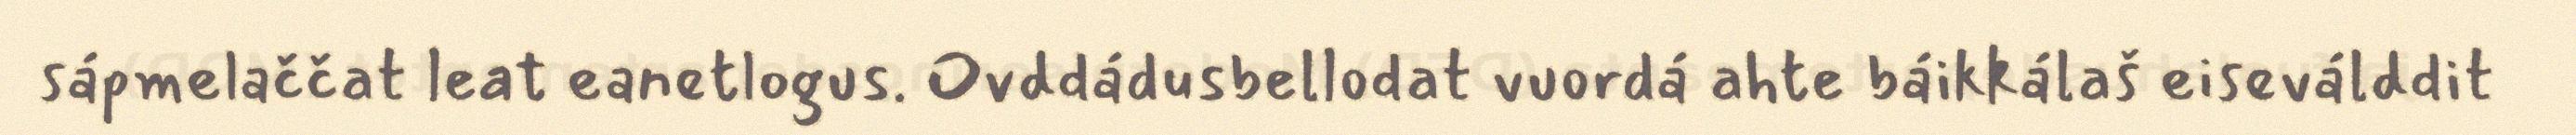
sápmelaččat leat eanetlogus. Ovddádusbellodat vuordá ahte báikkálaš eiseválddit